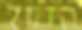
הזחל